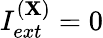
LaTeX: I_{ext}^{(\mathbf{X})}=0